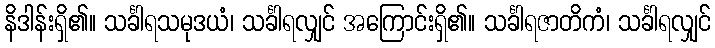
နိဒါန်းရှိ၏။ သင်္ခါရသမုဒယံ၊ သင်္ခါရလျှင် အကြောင်းရှိ၏။ သင်္ခါရဇာတိကံ၊ သင်္ခါရလျှင်